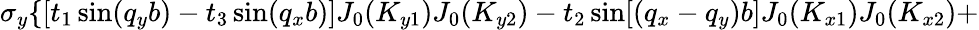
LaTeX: \sigma_{y}\{ [t_{1}\sin(q_{y}b)-t_{3}\sin(q_{x}b)]J_{0}(K_{y1})J_{0}(K_{y2})-t_{2}\sin[(q_{x}-q_{y})b]J_{0}(K_{x1})J_{0}(K_{x2})+